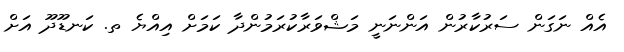
އެއް ނަގަން ސަރުކާރުން އަންނަނީ މަޝްވަރާކުރަމުންދާ ކަމަށް އިއްޔެ ތ. ކަނޑޫދޫ އަށް